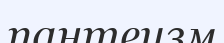
пантеизм